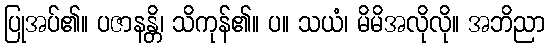
ပြုအပ်၏။ ပဇာနန္တိ၊ သိကုန်၏။ ပ။ သယံ၊ မိမိအလိုလို။ အဘိညာ